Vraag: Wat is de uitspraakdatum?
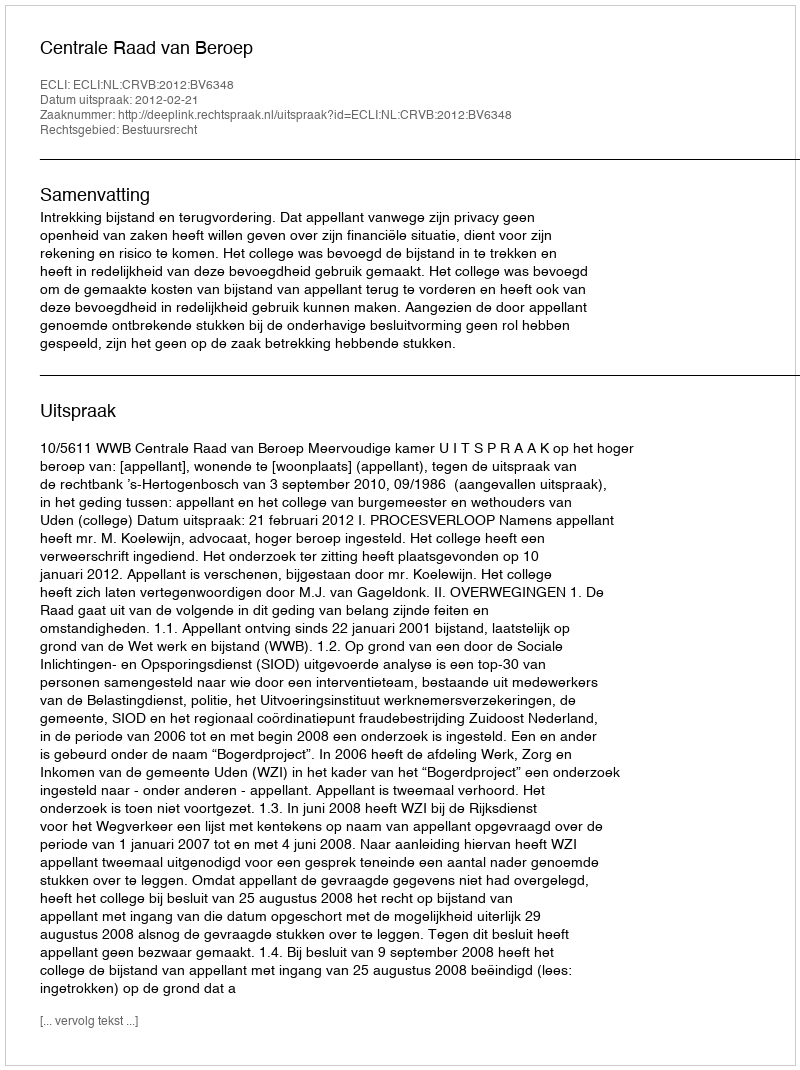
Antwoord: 2012-02-21